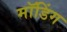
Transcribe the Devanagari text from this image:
मॉडिंग